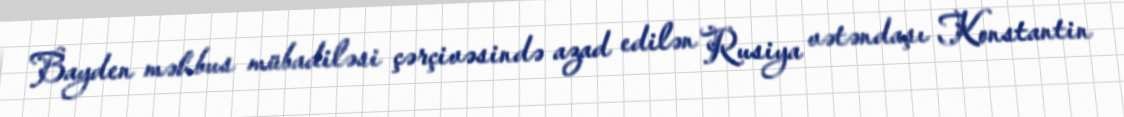
Bayden məhbus mübadiləsi çərçivəsində azad edilən Rusiya vətəndaşı Konstantin